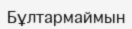
Бұлтармаймын